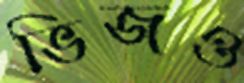
ভিজও